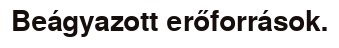
Beágyazott erőforrások.